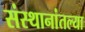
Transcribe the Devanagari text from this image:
संस्थानांतल्या